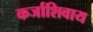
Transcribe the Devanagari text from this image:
कर्जाशिवाय